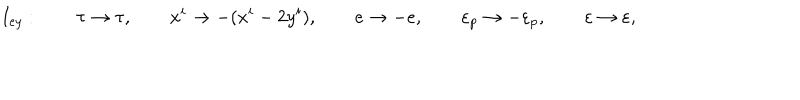
LaTeX: I _ { e y } : \qquad \tau \rightarrow \tau , \qquad x ^ { i } \rightarrow - ( x ^ { i } - 2 y ^ { i } ) , \qquad e \rightarrow - e , \qquad \varepsilon _ { p } \rightarrow - \varepsilon _ { p } , \qquad \varepsilon \rightarrow \varepsilon ,